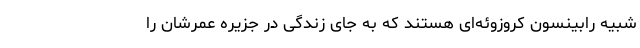
شبیه رابینسون کروزوئه‌ای هستند که به جای زندگی در جزیره عمرشان را